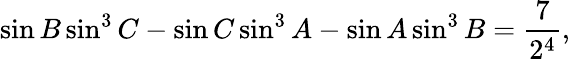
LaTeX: \sin B\sin^{3}C-\sin C\sin^{3}A-\sin A\sin^{3}B={\frac{7}{2^{4}}},